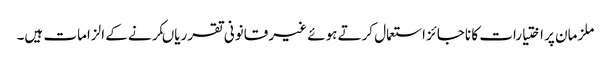
ملزمان پر اختیارات کا ناجائز استعمال کرتے ہوئے غیر قانونی تقرریاںکرنے کے الزامات ہیں۔